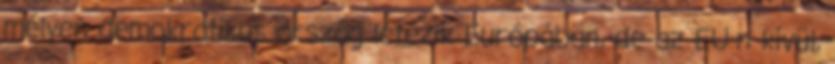
mélyen demokratikus ország létezik Európában, de az EU-n kívül,